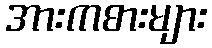
အားကစားများ